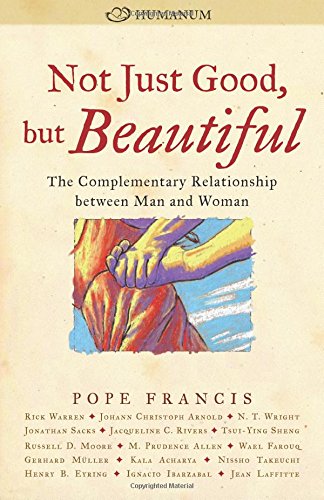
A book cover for Not Just Good, but Beautiful: The Complementary Relationship between Man and Woman; Christian Books & Bibles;